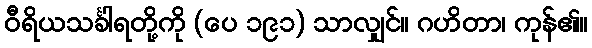
ဝီရိယသင်္ခါရတို့ကို (ပေ ၁၉၁) သာလျှင်။ ဂဟိတာ၊ ကုန်၏။